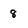
Character: 8